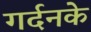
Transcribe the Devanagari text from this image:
गर्दनके